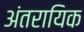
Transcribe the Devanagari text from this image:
अंतरायिक